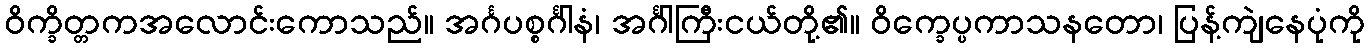
ဝိက္ခိတ္တကအလောင်းကောသည်။ အင်္ဂပစ္စင်္ဂါနံ၊ အင်္ဂါကြီးငယ်တို့၏။ ဝိက္ခေပ္ပကာသနတော၊ ပြန့်ကျဲနေပုံကို